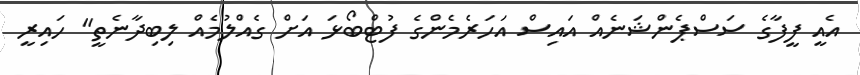
އެއީ ފީފާގެ ސަސްޕެންޝަނެއް އައިސް އަހަރެމެންގެ ފުޓްބޯޅަ އަށް ގެއްލުމެއް ލިބިދާނެތީ" ހައިރީ